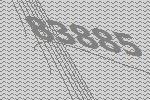
83885